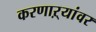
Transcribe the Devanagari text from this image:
करणाऱ्यांवर